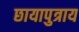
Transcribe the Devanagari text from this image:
छायापुत्राय